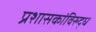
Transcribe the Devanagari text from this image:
प्रशासकांविरुद्ध